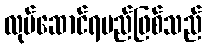
လုပ်ဆောင်ရမည်ဖြစ်သည်